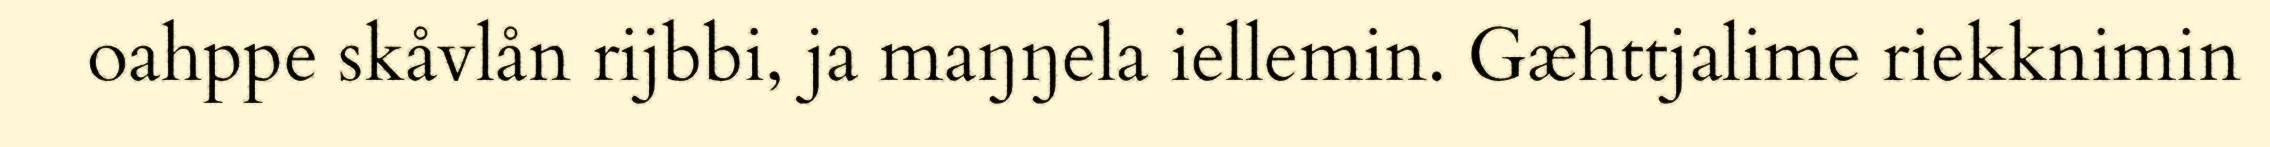
oahppe skåvlån rijbbi, ja maŋŋela iellemin. Gæhttjalime riekknimin